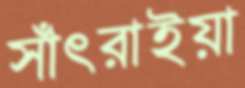
সাঁৎরাইয়া